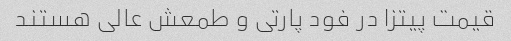
قیمت پیتزا در فود پارتی و طمعش عالی هستند